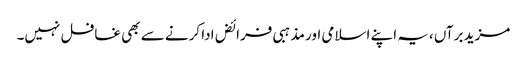
مزید برآں ،یہ اپنے اسلامی اور مذہبی فرائض ادا کرنے سے بھی غافل نہیں۔